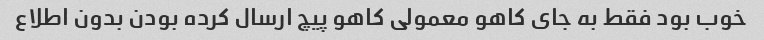
خوب بود فقط به جای کاهو معمولی کاهو پیچ ارسال کرده بودن بدون اطلاع